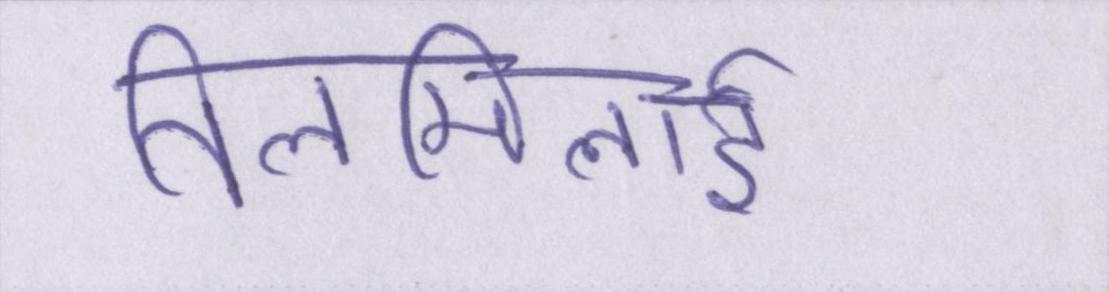
तिलमिलाई